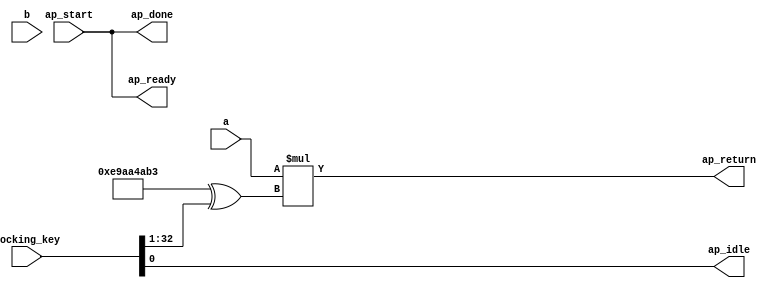

module calculate_3_0_obf
(
  ap_start,
  ap_done,
  ap_idle,
  ap_ready,
  a,
  b,
  ap_return,
  locking_key
);

  input ap_start;
  output ap_done;
  output ap_idle;
  output ap_ready;
  input [31:0] a;
  input [31:0] b;
  output [31:0] ap_return;
  wire Const_0;
  wire [31:0] Const_1;
  input [254:0] locking_key;
  wire [32:0] working_key;
  assign ap_done = ap_start;
  assign Const_0 = (1'b0 ^ working_key[0]);
  assign ap_idle = Const_0;
  assign ap_ready = ap_start;
  assign Const_1 = (32'b11101001101010100100101010110011 ^ working_key[32:1]);
  assign ap_return = a * Const_1;
  assign working_key = { locking_key[32:0] };

endmodule